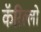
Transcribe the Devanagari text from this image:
कॅरिल्लो